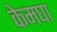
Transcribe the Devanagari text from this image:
केमघा